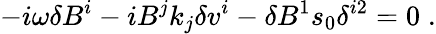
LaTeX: -i{\omega}\delta B^{i}-iB^{j}k_{j}\delta v^{i}-\delta B^{1}s_{0}\delta^{i2}=0\; .